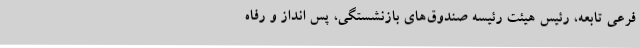
فرعی تابعه، رئیس هیئت رئیسه صندوق‌های بازنشستگی، پس انداز و رفاه